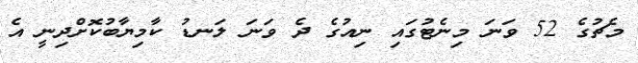
މެޗުގެ 52 ވަނަ މިނެޓުގައި ނިއުގެ ދެ ވަނަ ލަނޑު ކާމިޔާބުކޮށްދިނީ އެ